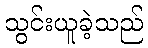
သွင်းယူခဲ့သည်